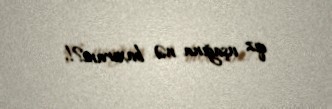
qız uşağına nə baxıram?!.